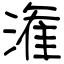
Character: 潅